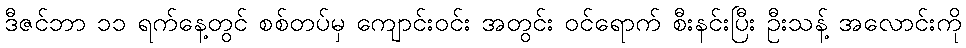
ဒီဇင်ဘာ ၁၁ ရက်နေ့တွင် စစ်တပ်မှ ကျောင်းဝင်း အတွင်း ဝင်ရောက် စီးနင်းပြီး ဦးသန့် အလောင်းကို